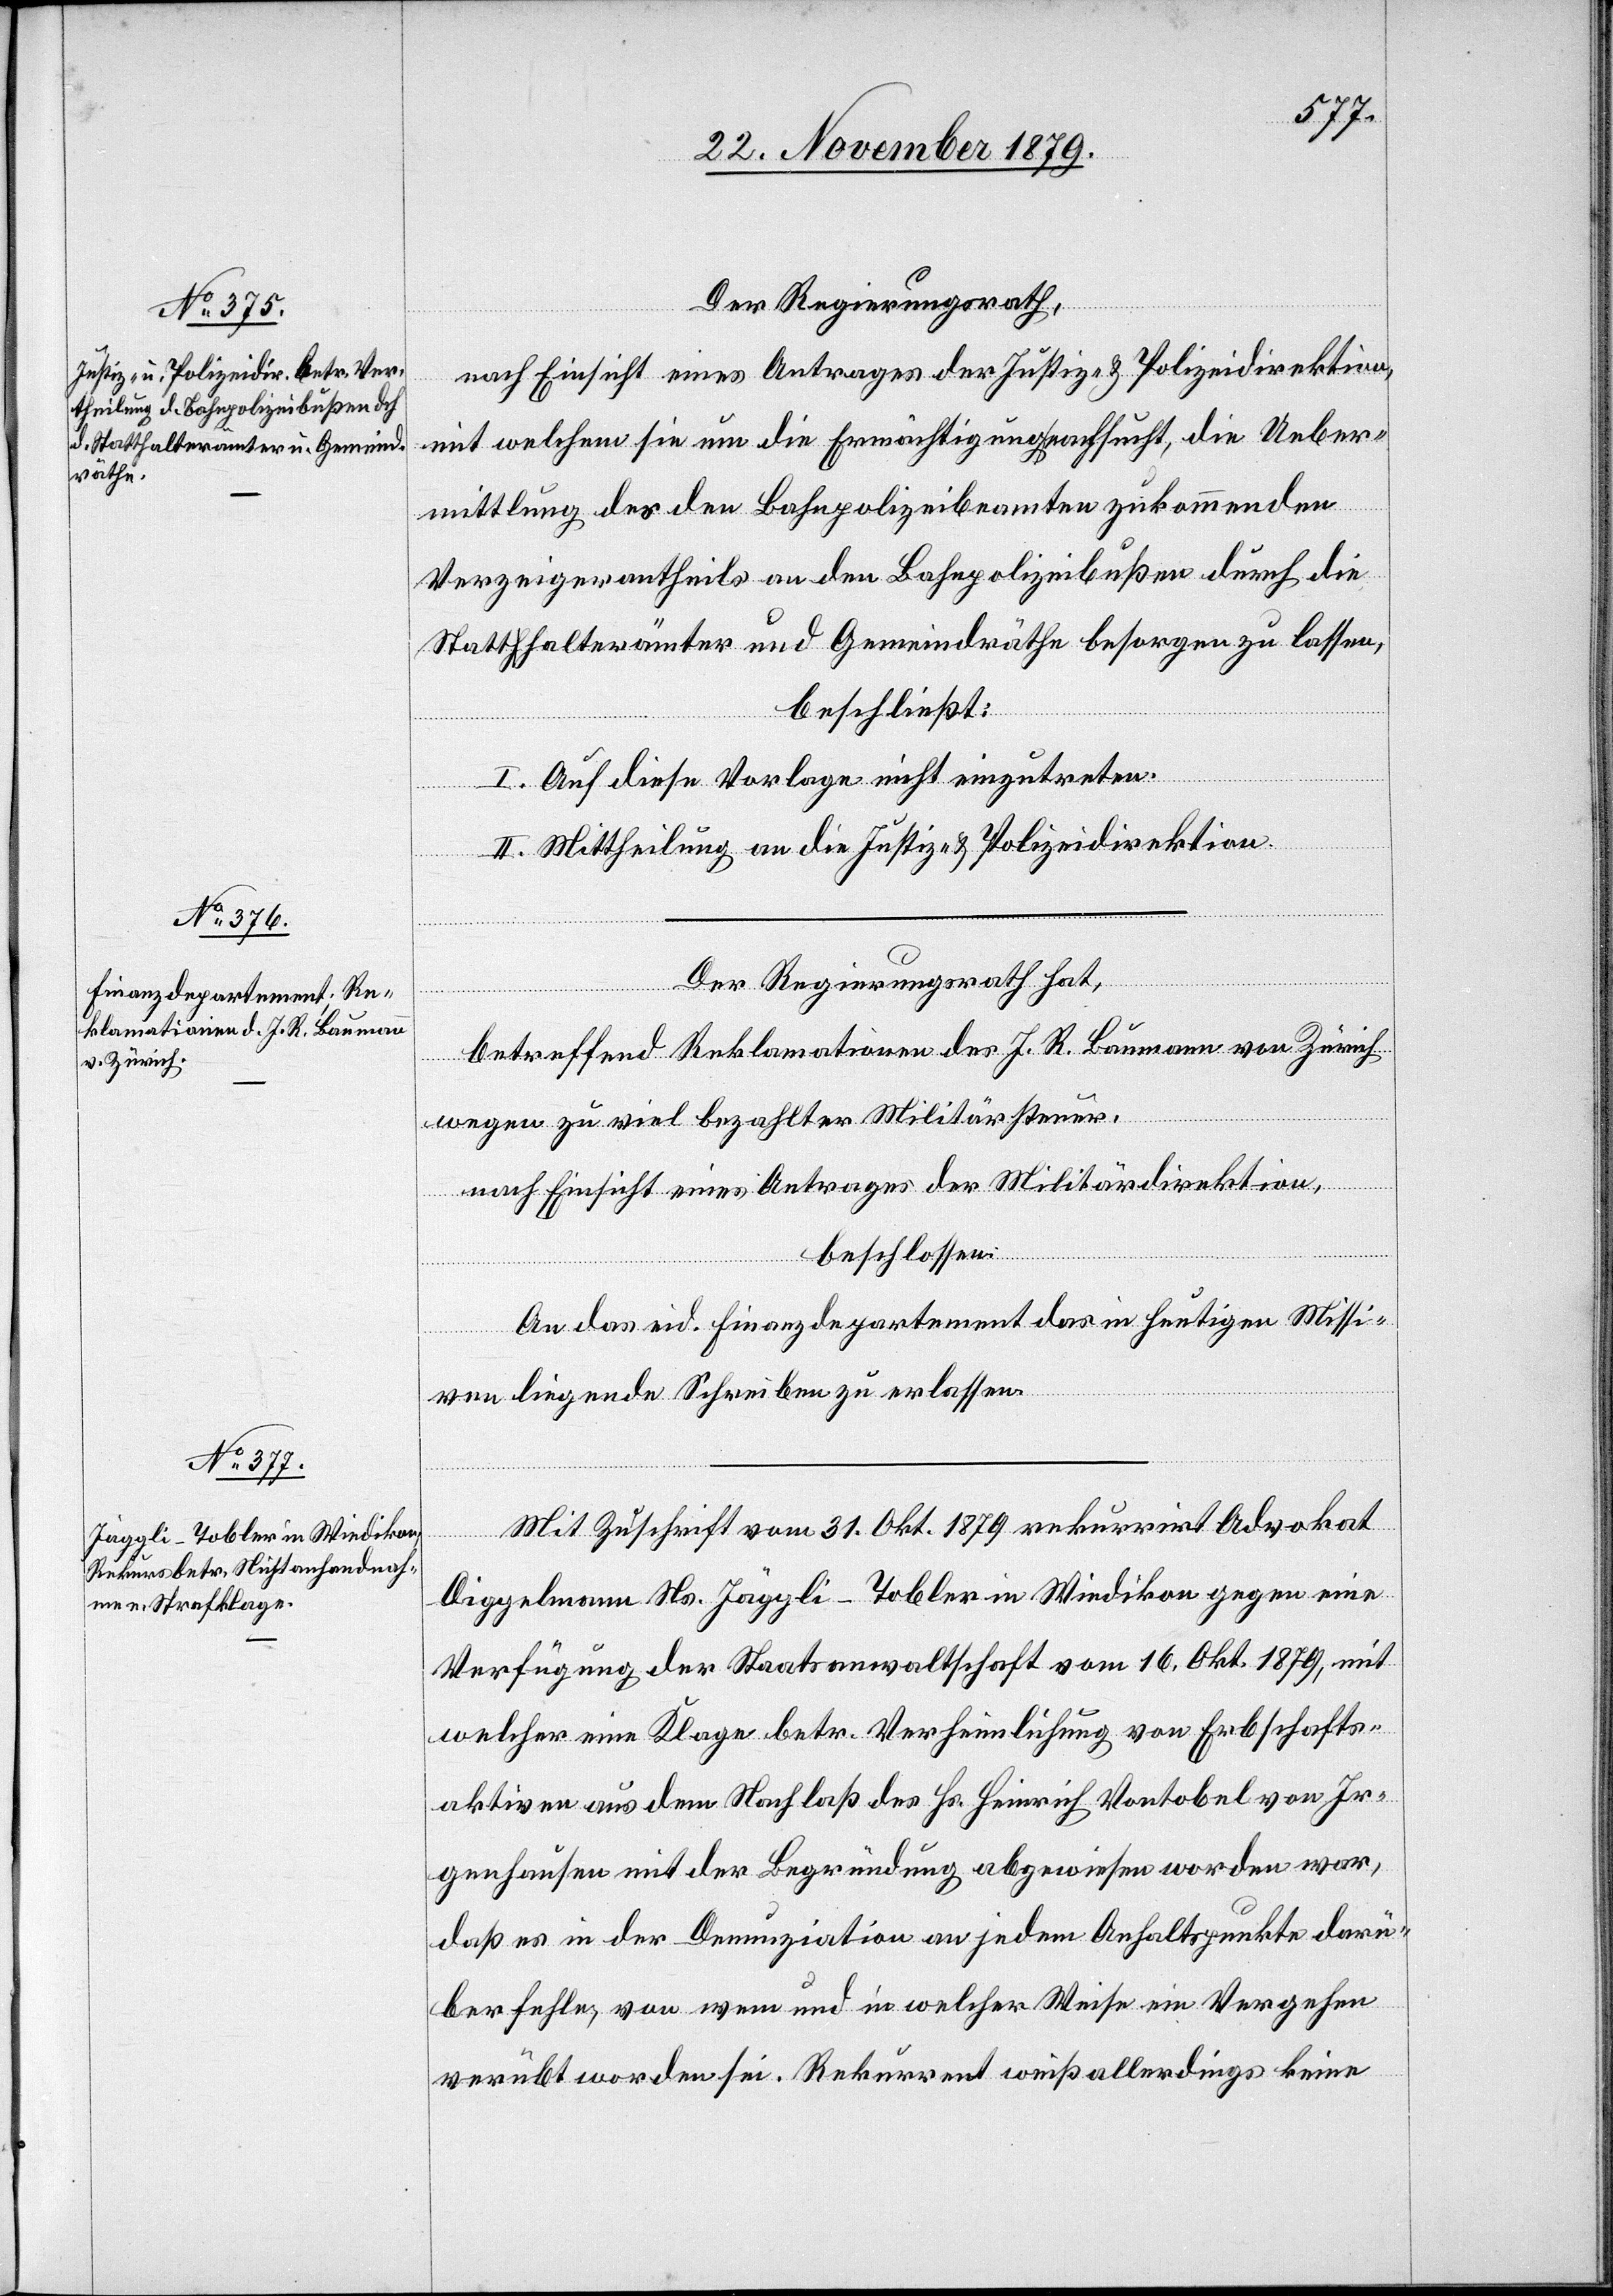
Der Regierungsrath,
nach Einsicht eines Antrages der Justiz- & Polizeidirektion,
mit welchem sie um die Ermächtigung nachsucht, die Ueber¬
mittlung des den Bahnpolizeibeamten zukommenden
Verzeigerantheils an den Bahnpolizeibußen durch die
Statthalterämter und Gemeindräthe besorgen zu lassen,
beschließt:
I. Auf diese Vorlage nicht einzutreten.
II. Mittheilung an die Justiz- & Polizeidirektion.
Der Regierungsrath hat,
betreffend Reklamationen des J. R. Baumann von Zürich
wegen zu viel bezahlter Militärsteuer,
nach Einsicht eines Antrages der Militärdirektion,
beschlossen:
An das eid. Finanzdepartement das in heutigen Missi¬
ven liegende Schreiben zu erlassen.
Mit Zuschrift vom 31. Okt. 1879 rekurrirt Advokat
Diggelmann Ns. Jäggli-Tobler in Wiedikon gegen eine
Verfügung der Staatsanwaltschaft vom 16. Okt. 1879, mit
welcher eine Klage betr. Verheimlichung von Erbschafts¬
aktiven aus dem Nachlaß des Hs. Heinrich Vontobel von Ir¬
genhausen mit der Begründung abgewiesen worden war,
daß es in der Denunziation an jedem Anhaltspunkte darü¬
ber fehle, von wem und in welcher Weise ein Vorgehen
verübt worden sei. Rekurrent weiß allerdings keine